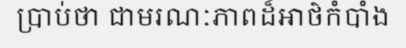
ប្រាប់ថា ជាមរណៈភាពដ៏អាថ៌កំបាំង